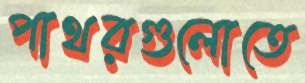
পাথরগুলোতে